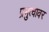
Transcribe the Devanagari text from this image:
प्रभुत्वावर